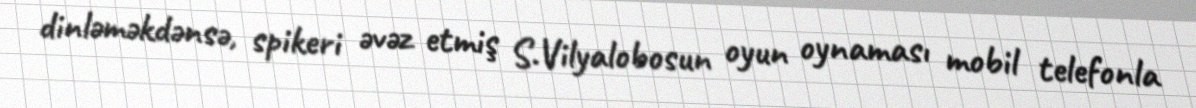
dinləməkdənsə, spikeri əvəz etmiş S.Vilyalobosun oyun oynaması mobil telefonla